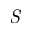
\emph { S }